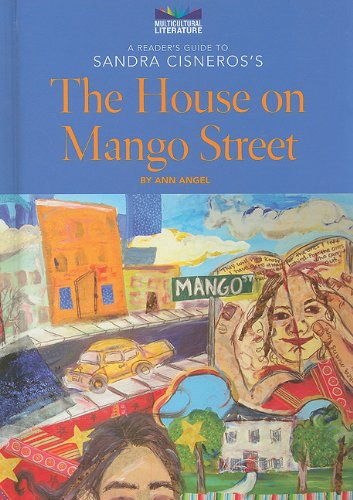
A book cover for A Reader's Guide to Sandra Cisneros's The House on Mango Street (Multicultural Literature); Ann Angel; Teen & Young Adult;